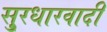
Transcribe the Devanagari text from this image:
सु्रधारवादी